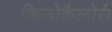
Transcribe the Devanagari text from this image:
किलोकैलोरी